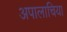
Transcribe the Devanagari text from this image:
अपालाचिया